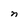
Character: n